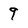
Character: 9